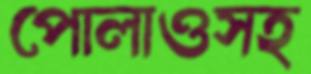
পোলাওসহ